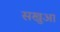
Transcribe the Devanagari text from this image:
सखुआ